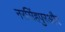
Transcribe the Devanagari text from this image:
नरसिंहपुरऔर